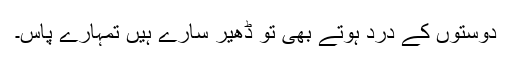
دوستوں کے درد ہوتے بھی تو ڈھیر سارے ہیں تمہارے پاس۔